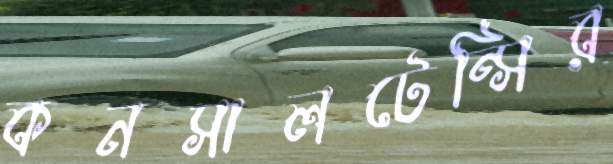
কনসালটেন্সির